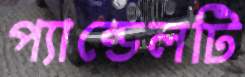
প্যান্ডেলটি